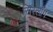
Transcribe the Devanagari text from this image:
सिस्लॉग